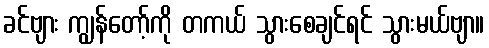
ခင်ဗျား ကျွန်တော့်ကို တကယ် သွားစေချင်ရင် သွားမယ်ဗျာ။